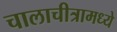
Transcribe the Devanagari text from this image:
चालाचीत्रामध्ये